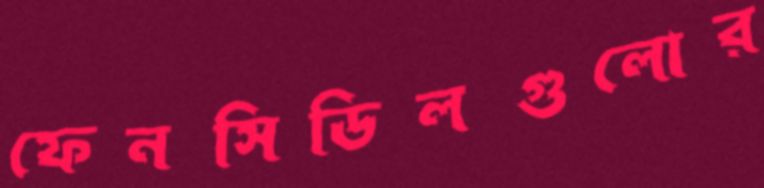
ফেনসিডিলগুলোর